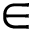
\in